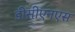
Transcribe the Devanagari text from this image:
डीसीएनएस